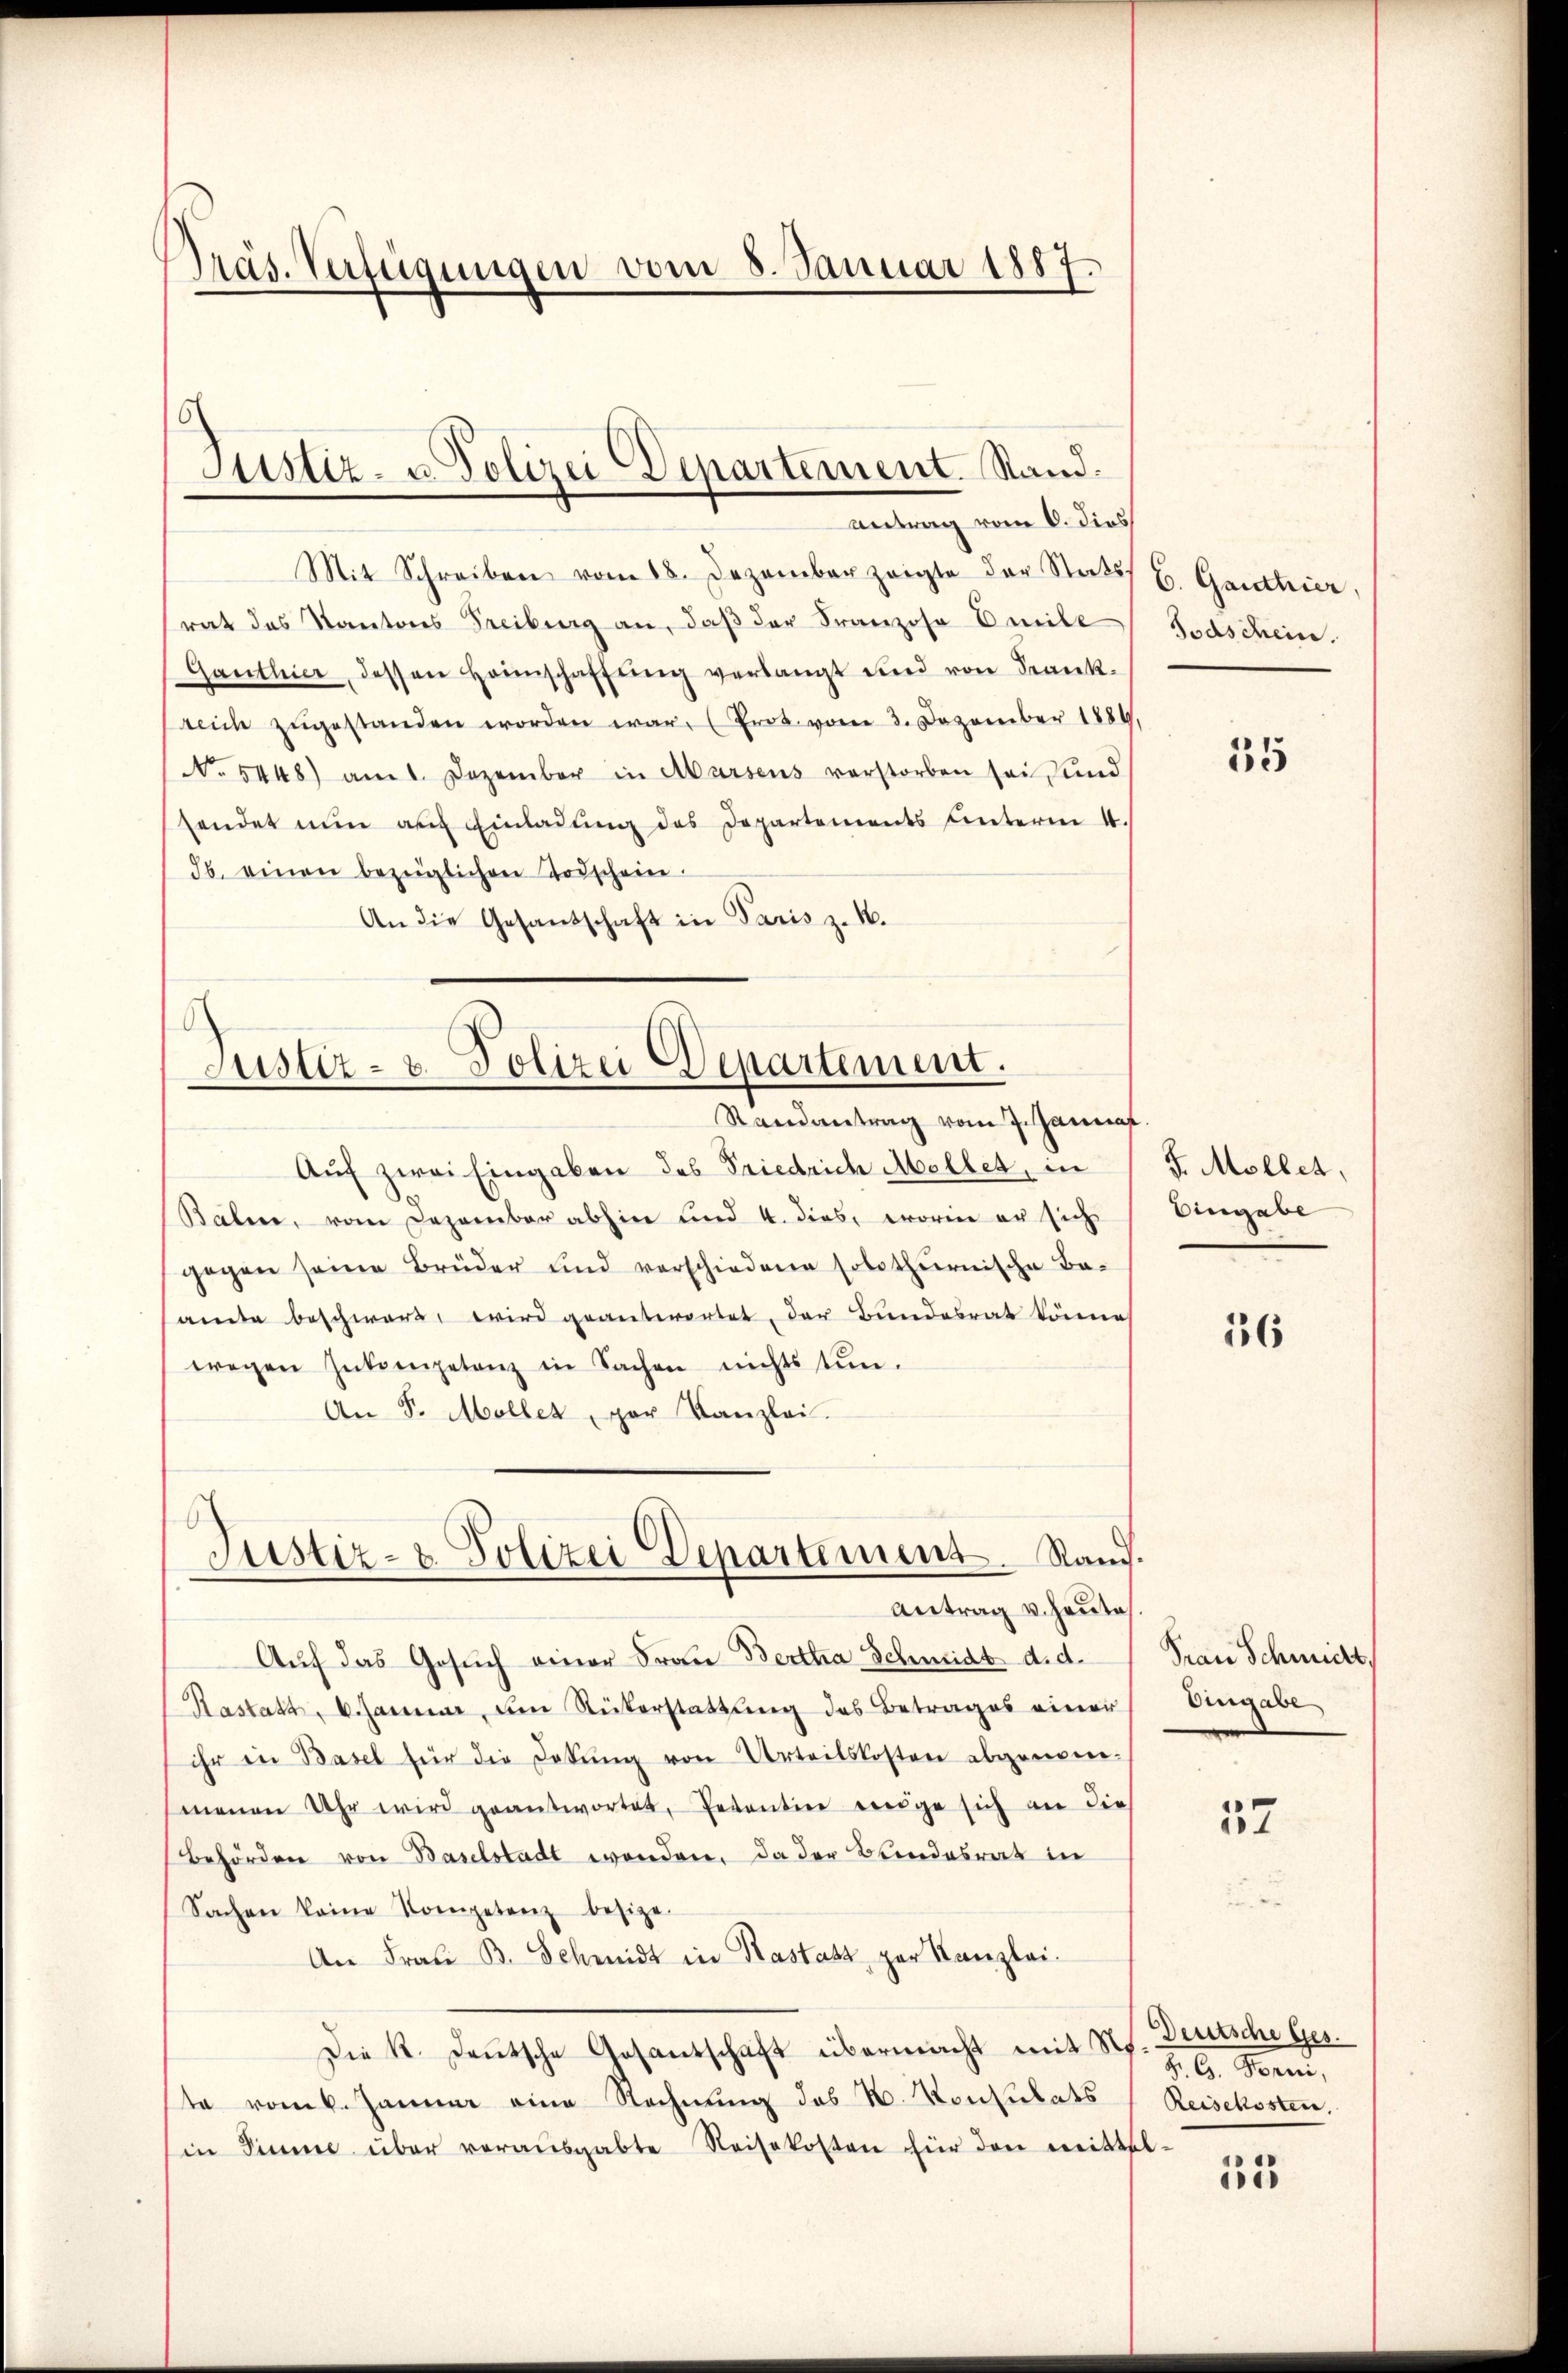
Präs. Verfügungen vom 8. Januar 1887.

Stistiz- u. Polizei Departement. Stand.
Antrag vom 6. dies

Mit Schreiben vom 18. Dezember zeigte der Staats-
rat das Kantons Freiburg an, daβ der Franzose Emile
Ganthier, dessen Heimschaffŭng verlangt und von Krank-
reich zŭgestanden worden war. (Prot. vom 3. Dezember 1886.
No. 5448) am 1. Dezember in Marsens verstorben sei sind
sendet nun auf Einladung des Departements unterm 4.
3b. einen bezüglichen Todschein.
An die Gesandschaft in Paris z. B.

Justiz- & Polizei Departement.
Randantrag vom 7. Januar

Justiz- & Polizei Departement. Rand.
Antrag v. Heute

Auf zwei Eingaben des Friedrich Melles, in
Bälen, vom Dezember abhin und 4. dies, worin er sich
gegen seine Brüder und verschiedene solothurnische Be-
amte beschwäre, wird geantwortet, der Bundesrat könne
wegen Inkompetenz in Sachen nichts tun.
An S. Möller, par Kanzlei.
Auf das Gesŭch einer Frau Bertha Schmidt d. d.
Rastatt, d. Januar, um Rükerstattung des Betrages einer
ihr in Basel für die Dekŭng von Urteilskosten abgenom-
menen Uhr wird geantwortet, Petentin zeige sich an die
Behörden von Baselstadt werden. Da der Bundesrat in
Sachen keine Kompetenz besize
An Frau B. Schmidt in Kastatt zur Kanzlei¬
Die K. Deutsche Gesantschaft übermacht mit N. Z. G. Forni,
te vom 6. Januar eine Rechnŭng des N. Konsulats Reisekosten,
in Sinne über vorausgabte Reisekosten für den mittel-

6. Ganthier,
Todschein.

35

F. Möller,
Eingabe

16

Frau Schmidt,
Eingabe

37

Deutsche Ges.

155